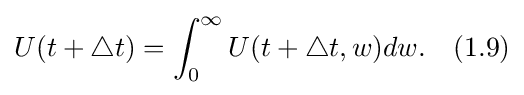
U(t+\bigtriangleup t)=\int _{0}^{\infty }U(t+\bigtriangleup t,w)dw.\quad (1.9)